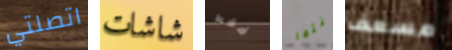
اتصلتي شاشات فقط كنتما مسعف